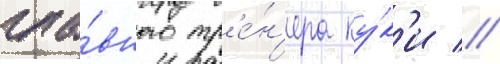
гла́вного тр'е́н'ера ку́к'и //